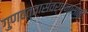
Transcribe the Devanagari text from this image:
गुणवत्तासंवर्धनासाठी